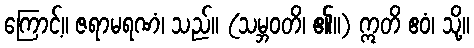
ကြောင့်။ ဇရာမရဏံ၊ သည်။ (သမ္ဘဝတိ၊ ၏။) ဣတိ ဧဝံ၊ သို့။